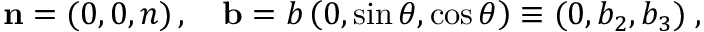
\mathbf { n } = ( 0 , 0 , n ) \, , \quad \mathbf { b } = b \left( 0 , \sin \theta , \cos \theta \right) \equiv ( 0 , b _ { 2 } , b _ { 3 } ) \; ,